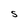
Character: S